Madras plague regulations and rules for district municipalities and other towns and villages
Disease focus: Plague
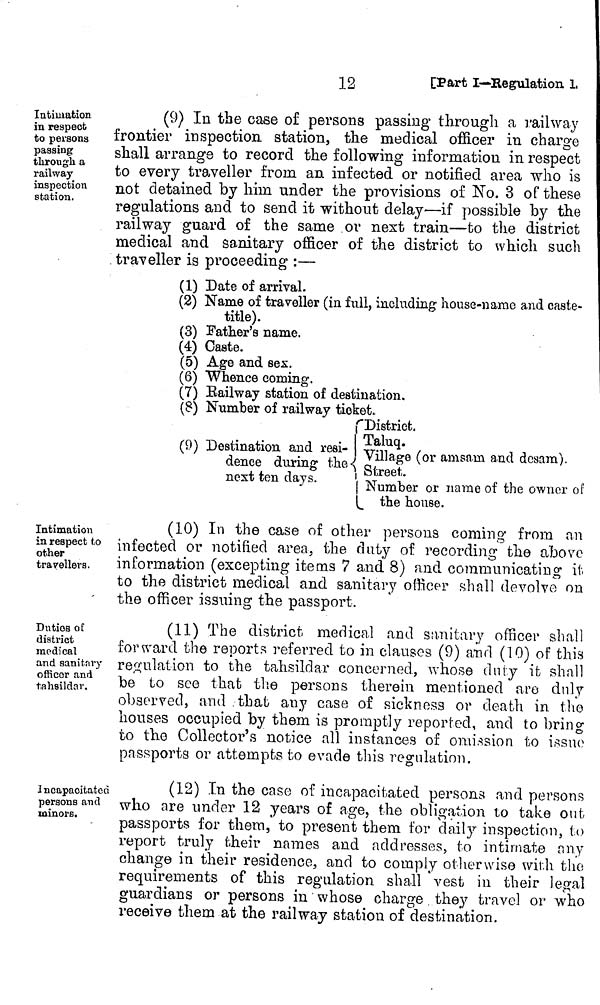
12
[Part I—Regulation 1,
Intimation
in respect
to persons
passing
through a
railway
inspection
station.
(9) In the case of persons passing through a railway
frontier inspection station, the medical officer in charge
shall arrange to record the following information in respect
to every traveller from an. infected or notified area who is
not detained by him under the provisions of Ko. 3 of these
regulations and to send it without delay'—if possible by the
railway guard of the same or next train—to the district
medical and sanitary officer of the district to which such
traveller is proceeding :—
(1) Date of arrival.
(2) Name of traveller (in full, including house-name and caste-
title).
(3) Father's name.
(4) Caste.
(5) Age and sex.
(6) Whence coming.
(7) Bailway station of destination.
(8) Number of railway ticket.
Intimation
in respect to
other
travellers.
(10) In the case of other persons coming from an
infected or notified area, the duty of recording the above
information (excepting items 7 and 8) and communicating it.
to the district medical and sanitary officer shall devolve on
the officer issuing the passport.
Duties of
district
medical
and sanitary
officer and
tahsildav.
(11) The district medica and sanitary officer shall
forward the reports referred to in clauses (9) and (10) of this
regulation to the tahsildar concerned, whose duty it shall
be to see that the persons therein mentioned are duly
observed, and that any case of sickness or death in the
houses occupied by them is promptly reported, and to bring
to the Collector's notice all instances of omission to issue
passports or attempts to evade this regulation.
J ncapacitated
persons and
minors.
(12) In the case of incapacitated persona and persons
who are under 12 years of age, the obligation to take out
passports for them, to present them for daily inspection, to
report truly their names and addresses, to intimate any
change in their residence, and to comply otherwise with the
requirements of this regulation shall vest in their legal
guardians or persons in whose charge they travel or who
receive them at the railway station of destination.
/
(9) Destination and resi- ¡
dence during the
next ten days.
District.
Taluq.
Village (or anisara and dcsam).
Street.
Number or name of the owner of
the house.